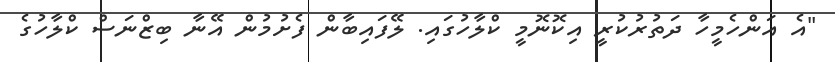
"އެ އަންހެމީހާ ދަތުރުކުރީ އިކޮނޮމީ ކްލާހުގައި. ލޭފައިބާން ފެށުމުން އޭނާ ބިޒްނަސް ކްލާހުގެ